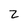
Character: 2